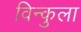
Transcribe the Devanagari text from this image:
विन्कुला